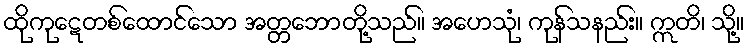
ထိုကုဋေတစ်ထောင်သော အတ္တဘောတို့သည်။ အဟေသုံ၊ ကုန်သနည်း။ ဣတိ၊ သို့။